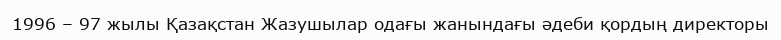
1996 – 97 жылы Қазақстан Жазушылар одағы жанындағы әдеби қордың директоры